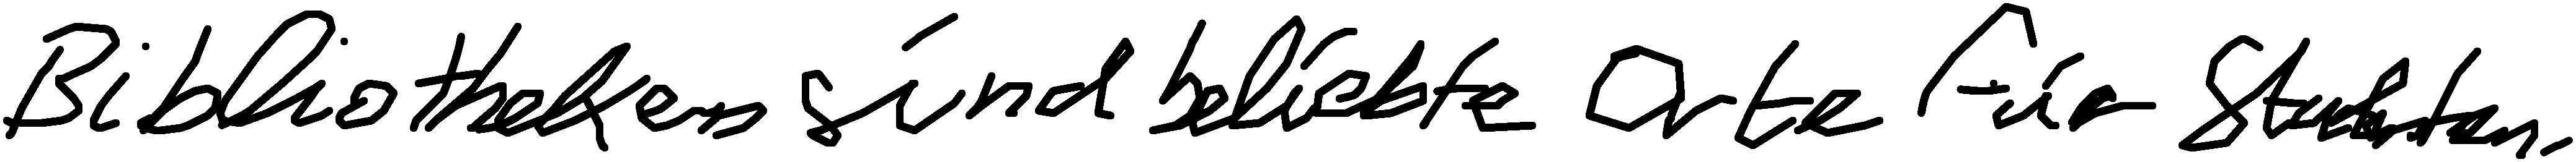
Bibliotheken sind beliebte Orte für Studenten.